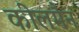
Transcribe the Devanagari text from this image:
कीलमैन